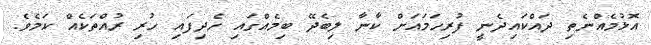
އޮޅުމެއްނެތި ދައްކައިދެނީ ފުރިހަމައަށް ކާނާ ލިބެދޭ ބިމެއްގައި ހެދިފައި ހުރި ރުއްތަކެއް ކަމެވެ.